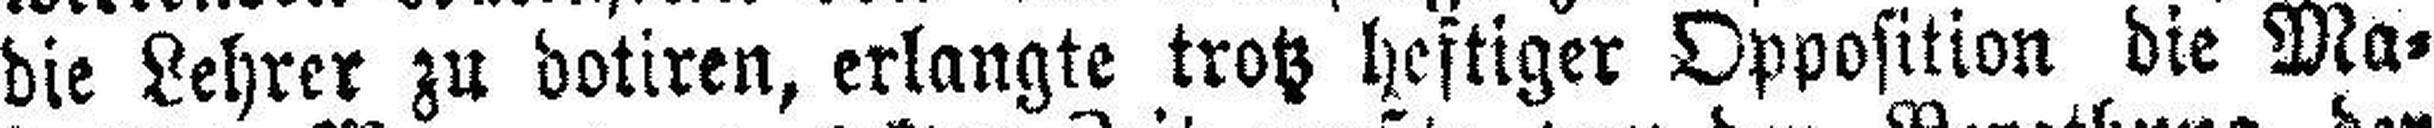
die Lehrer zu dotiren, erlangte trotz heftiger Opposition die Ma¬